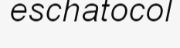
eschatocol